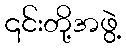
၎င်းတို့အဖွဲ့